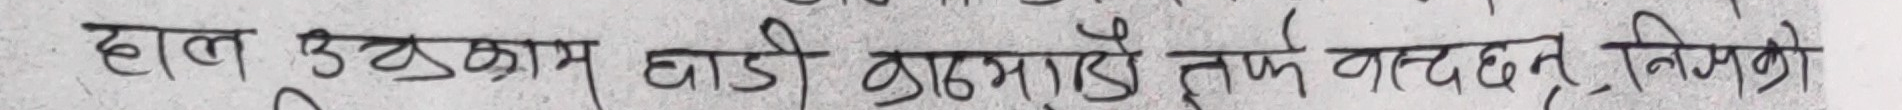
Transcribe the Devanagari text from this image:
हाल उल्लुगाम खाडी ठानमाड़ै तुफे बग्दछन्, निम्निो